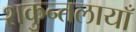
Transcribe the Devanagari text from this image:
शकुन्तलायाँ